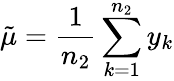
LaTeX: \tilde{\mu}=\frac{1}{n_{2}}\sum_{k=1}^{n_{2}}y_{k}